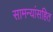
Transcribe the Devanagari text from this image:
सामन्यांसहित